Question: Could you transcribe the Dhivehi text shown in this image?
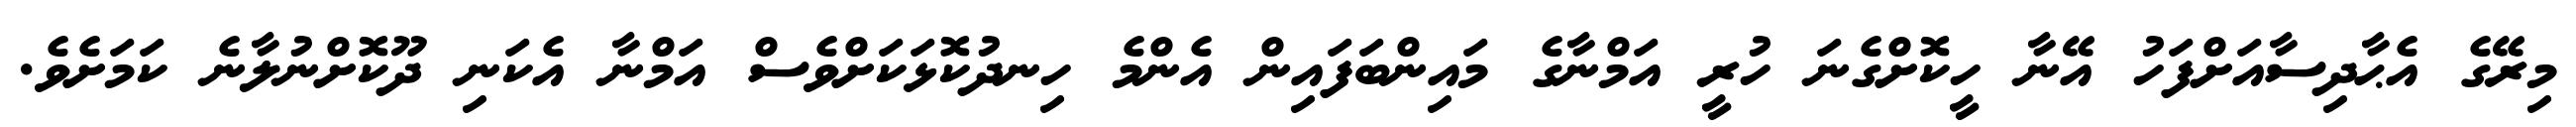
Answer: މިރޭގެ އެޙާދިސާއަށްފަހު އޭނާ ހީކޮށްގެނަ ހުރީ އަމްނާގެ މައިންބަފައިން އެންމެ ހިނދުކޮޅަކަށްވެސް އަމްނާ އެކަނި ދޫކޮށްނުލާނެ ކަމަށެވެ.